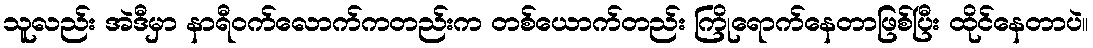
သူလည်း အဲဒီမှာ နာရီဝက်လောက်ကတည်းက တစ်ယောက်တည်း ကြိုရောက်နေတာဖြစ်ပြီး ထိုင်နေတာပဲ။